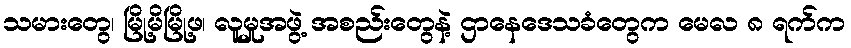
သမားတွေ၊ မြို့မိမြို့ဖ၊ လူမှုအဖွဲ့ အစည်းတွေနဲ့ ဌာနေဒေသခံတွေက မေလ ၈ ရက်က